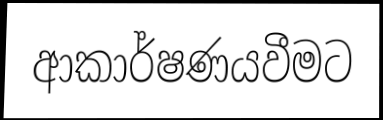
ආකාර්ෂණයවීමට